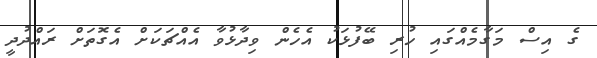
ގެ އިސް މަގާމެއްގައި ހުރި ބޭފުޅަކު އެހެން ވިދާޅުވާ އެއްޗަކަށް އެގޮތަށް ރައްދުދީ